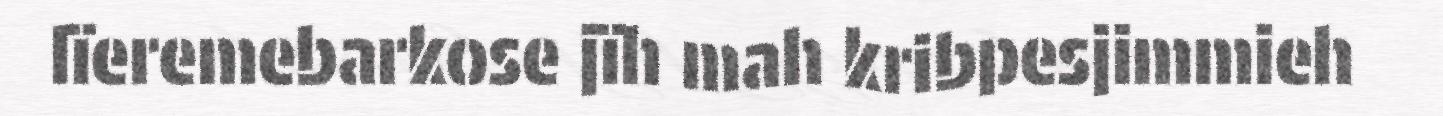
lïeremebarkose jïh mah kribpesjimmieh